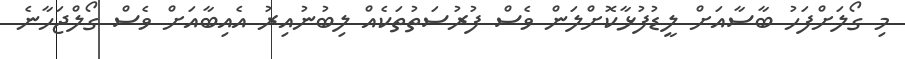
މި ގޯލަށްފަހު ބާސާއަށް ލީޑުފުޅާކޮށްލަން ވެސް ފުރުސަތުތަކެއް ލިބުނުއިރު އެއިބާއަށް ވެސް ގޯލްޖަހާނެ